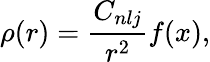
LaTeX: \rho(r)=\frac{C_{nlj}}{r^{2}}f(x),